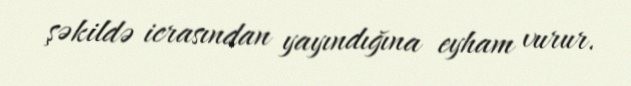
şəkildə icrasından yayındığına eyham vurur.